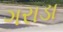
ગરાડા